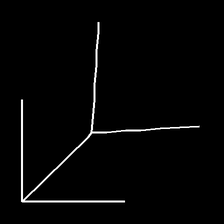
Glyph: gather